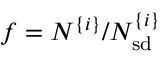
f = N ^ { \{ i \} } / N _ { \mathrm { s d } } ^ { \{ i \} }